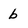
Character: b